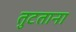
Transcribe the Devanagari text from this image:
तुटताना